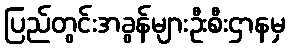
ပြည်တွင်းအခွန်များဦးစီးဌာနမှ